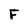
Character: F